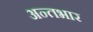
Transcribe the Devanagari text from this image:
अन्तभार